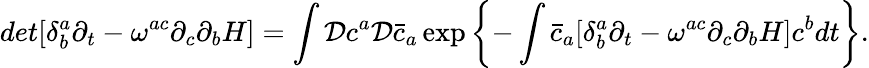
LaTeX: det[\delta_{b}^{a}\partial_{t}-\omega^{ac}\partial_{c}\partial_{b}H]=\int{\cal D}c^{a}{\cal D}{\bar{c}}_{a}\exp\left\{ -\int{\bar{c}}_{a}[\delta_{b}^{a}\partial_{t}-\omega^{ac}\partial_{c}\partial_{b}H]c^{b}dt\right\} .